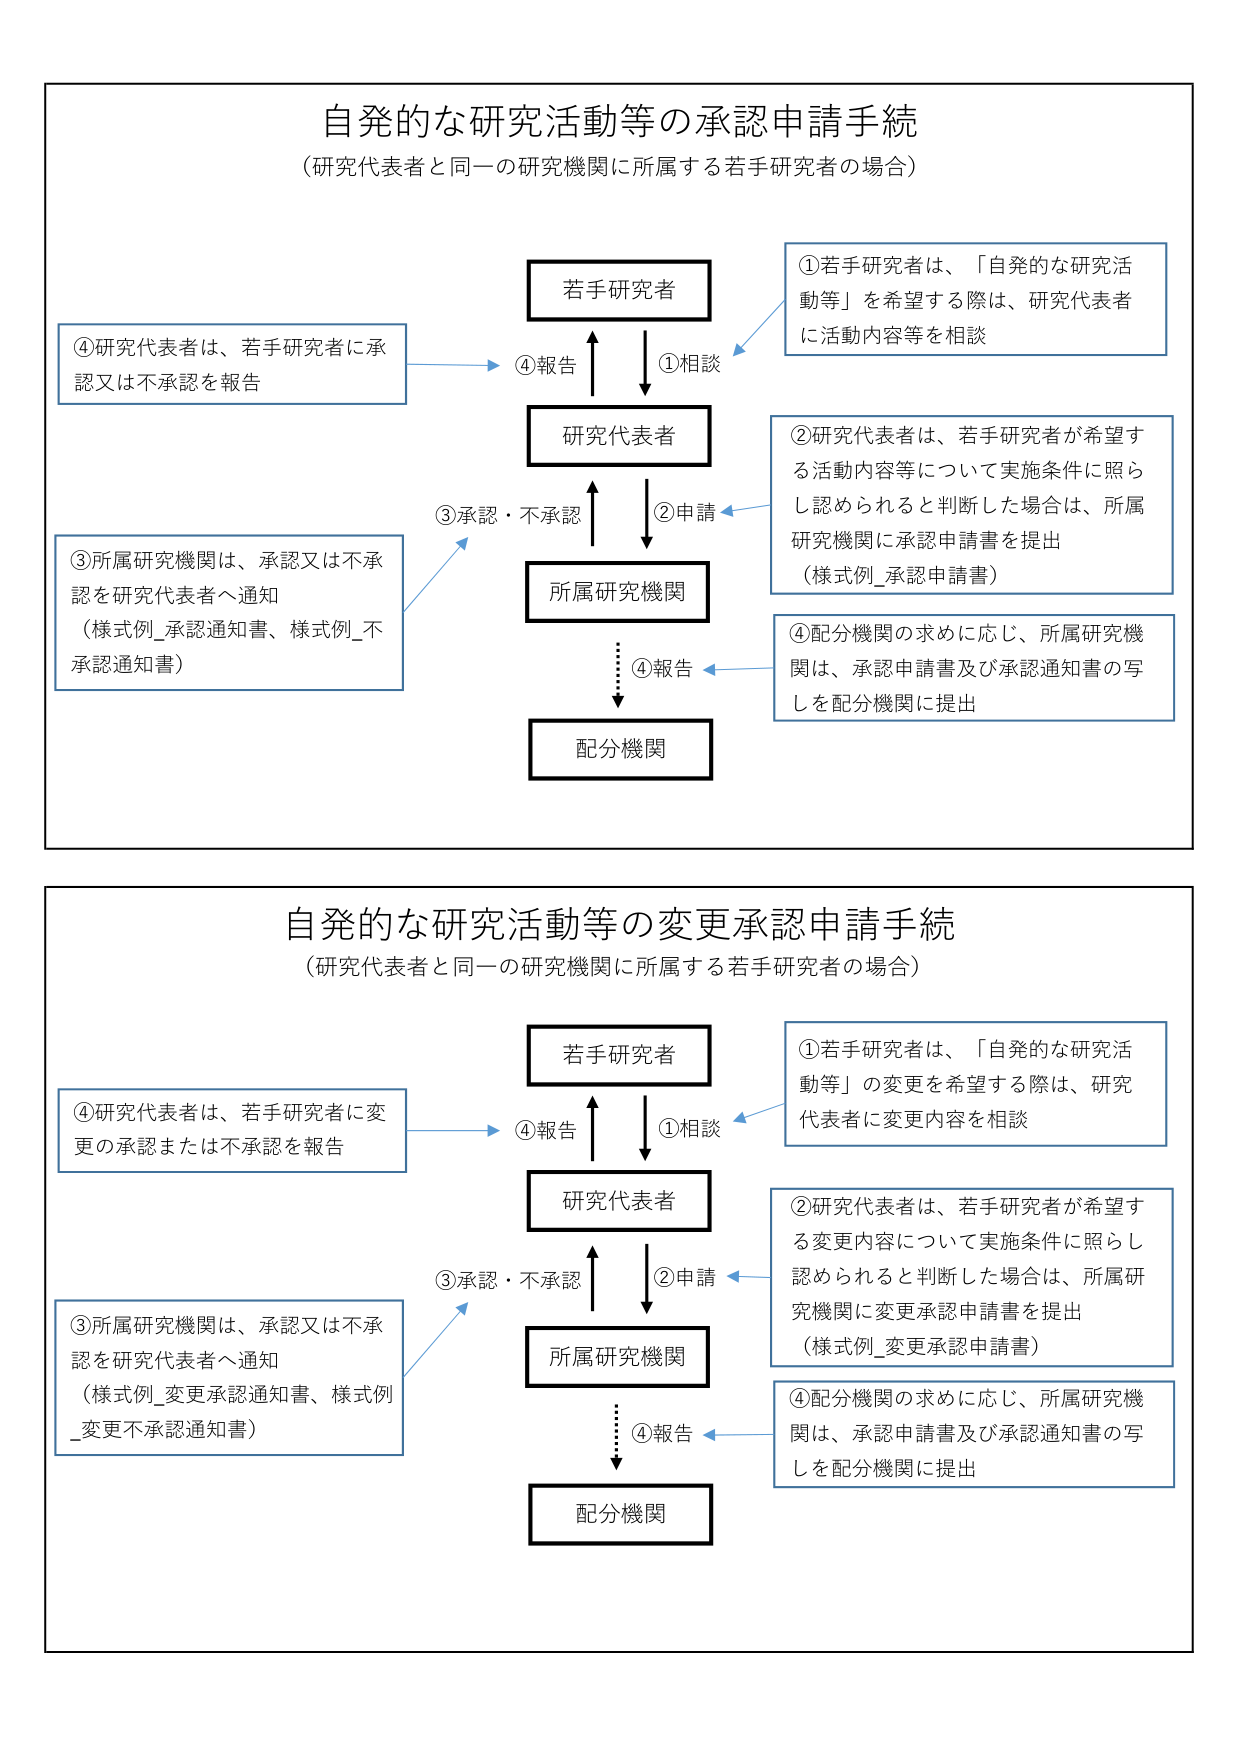
自発的な研究活動等の承認申請手続
（研究代表者と同一の研究機関に所属する若手研究者の場合）

若手研究者
①若手研究者は、「自発的な研究活動等」を希望する際は、研究代表者に活動内容等を相談

研究代表者
②研究代表者は、若手研究者が希望する活動内容等について実施条件に照らし認められると判断した場合は、所属研究機関に承認申請書を提出（様式例_承認申請書）

所属研究機関
③所属研究機関は、承認又は不承認を研究代表者へ通知（様式例_承認通知書、様式例_不承認通知書）

配分機関
④配分機関の求めに応じ、所属研究機関は、承認申請書及び承認通知書の写しを配分機関に提出

①相談
②申請
③承認・不承認
④報告
④報告

自発的な研究活動等の変更承認申請手続
（研究代表者と同一の研究機関に所属する若手研究者の場合）

若手研究者
①若手研究者は、「自発的な研究活動等」の変更を希望する際は、研究代表者に変更内容を相談

研究代表者
②研究代表者は、若手研究者が希望する変更内容について実施条件に照らし認められると判断した場合は、所属研究機関に変更承認申請書を提出（様式例_変更承認申請書）

所属研究機関
③所属研究機関は、承認又は不承認を研究代表者へ通知（様式例_変更承認通知書、様式例_変更不承認通知書）

配分機関
④配分機関の求めに応じ、所属研究機関は、承認申請書及び承認通知書の写しを配分機関に提出

①相談
②申請
③承認・不承認
④報告
④報告

④研究代表者は、若手研究者に承認又は不承認を報告
④研究代表者は、若手研究者に変更の承認または不承認を報告